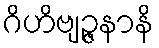
ဂိဟိဗျဉ္ဇနာနိ